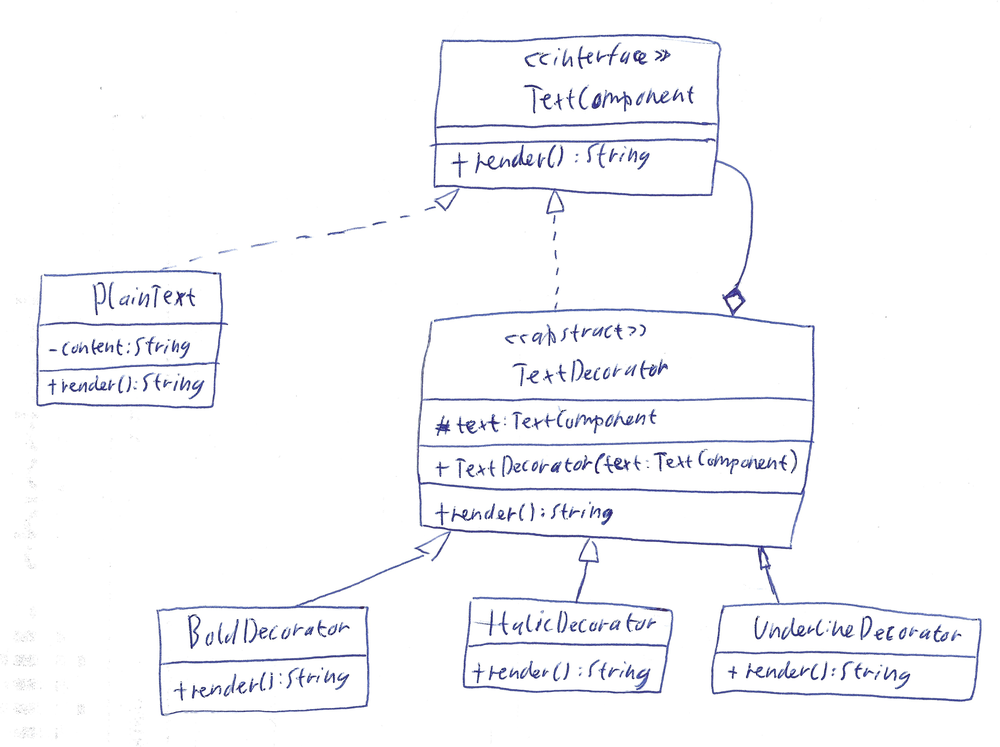
Diagram type: class_diagram
```plantuml
@startuml

interface TextComponent {
  + render(): String
}

class PlainText implements TextComponent {
  - content: String
  + render(): String
}

abstract TextDecorator implements TextComponent {
  #text: TextComponent
  + TextDecorator(text: TextComponent)
  + render(): String
}

class BoldDecorator extends TextDecorator {
  + render(): String
}

class ItalicDecorator extends TextDecorator {
  + render(): String
}

class UnderlineDecorator extends TextDecorator {
  + render(): String
}

TextDecorator o-- TextComponent

@enduml
```